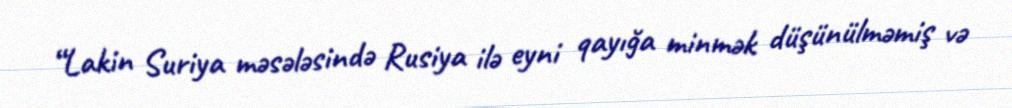
“Lakin Suriya məsələsində Rusiya ilə eyni qayığa minmək düşünülməmiş və